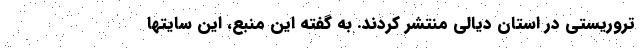
تروریستی در استان دیالی منتشر کردند. به گفته این منبع، این سایتها